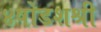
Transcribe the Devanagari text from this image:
४षोडशश्री